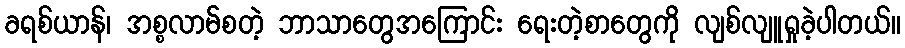
ခရစ်ယာန်၊ အစ္စလာမ်စတဲ့ ဘာသာတွေအကြောင်း ရေးတဲ့စာတွေကို လျစ်လျူရှုခဲ့ပါတယ်။